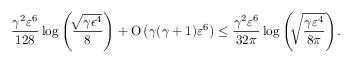
\frac { \gamma ^ { 2 } \varepsilon ^ { 6 } } { 1 2 8 } \log { \left( \frac { \sqrt [ ] { \gamma \epsilon ^ { 4 } } } { 8 } \right) } + \ensuremath { \operatorname { O } \left( \gamma ( \gamma + 1 ) \varepsilon ^ { 6 } \right) } \leq \frac { \gamma ^ { 2 } \varepsilon ^ { 6 } } { 3 2 \pi } \log { \left( \sqrt [ ] { \frac { \gamma \varepsilon ^ { 4 } } { 8 \pi } } \right) } .